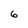
Character: 6